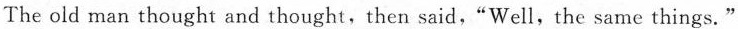
The old man thought and thought, then said,“Well,the same things."